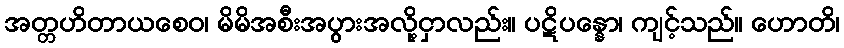
အတ္တဟိတာယစေဝ၊ မိမိအစီးအပွားအလို့ငှာလည်း။ ပဋိပန္နော၊ ကျင့်သည်။ ဟောတိ၊